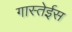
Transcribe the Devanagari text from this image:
गास्तेईस